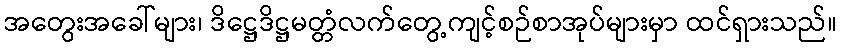
အတွေးအခေါ်များ၊ ဒိဋ္ဌေဒိဋ္ဌမတ္တံလက်တွေ့ကျင့်စဉ်စာအုပ်များမှာ ထင်ရှားသည်။